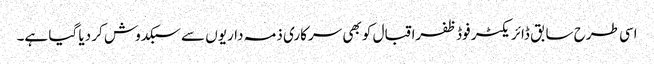
اسی طرح سابق ڈائریکٹر فوڈ ظفراقبال کو بھی سرکاری ذمہ داریوں سے سبکدوش کر دیا گیا ہے۔